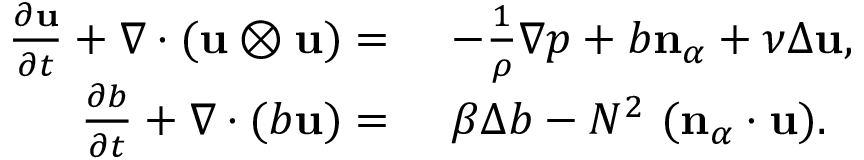
\begin{array} { r l } { \frac { \partial \mathbf { u } } { \partial t } + \nabla \cdot ( \mathbf { u } \otimes \mathbf { u } ) = } & { ~ - \frac { 1 } { \rho } \nabla p + b \mathbf { n } _ { \alpha } + \nu \Delta \mathbf { u } , } \\ { \frac { \partial b } { \partial t } + \nabla \cdot ( b \mathbf { u } ) = } & { ~ \beta \Delta b - N ^ { 2 } \ ( \mathbf { n } _ { \alpha } \cdot \mathbf { u } ) . } \end{array}